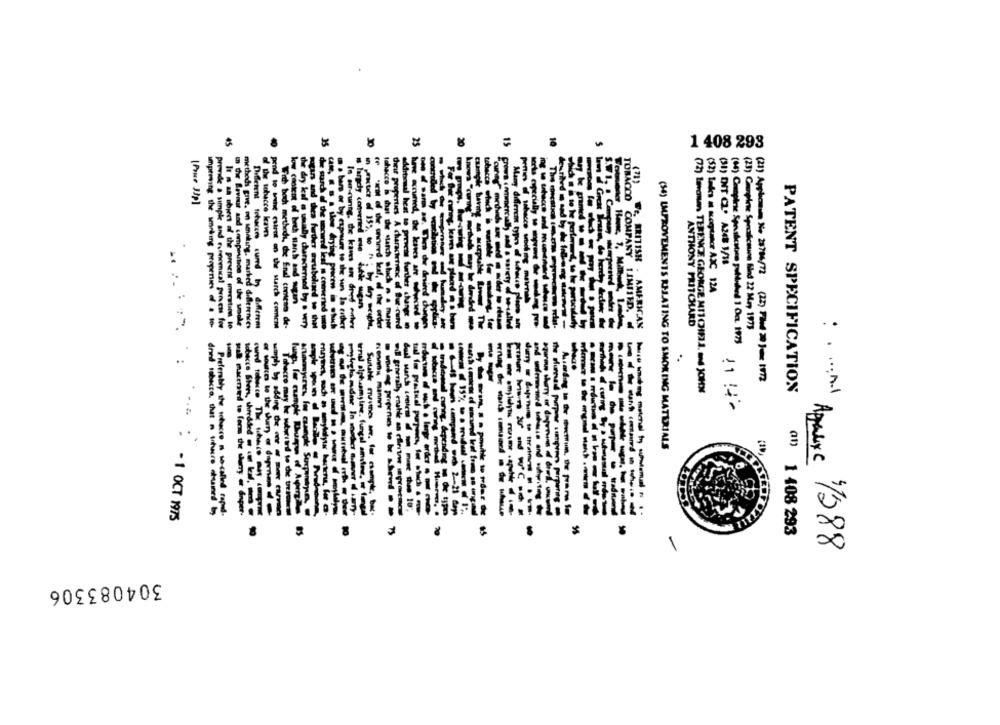
45
35
25
15
1 408 293
(71)
[Pause Jip]
s largdy converted
d the sohacce leaves
TOBACCO COMPANY
(31) DIT CZ. AZB 1/18
motard
BRITISH .
(52) Lades m acceptance AJC 124
low content of bech manh and stan
improving the smoking propenin d . to-
provide a simple and eurnemica! prnews for
In the Bevour and compensation of the smole
methods grve, on seneking, marked differences
Different tehacces cumed by different
prod to the cure on the starch comcm
With boch methedhs, the End contest de-
the dry kal @ uhally characterned by a very
- and tea hether cubolined - thel
m . bam or by exposure to the un la erthet
Is aur-cuntg. de kanes ans dried entes
Sun, de herdey dede
AMERICAN
ANTHONY PRITCHARD
(23) Carpine Specificaune Bilod 22 May 1973
..
(21) Applicmim No 28786/72 (22) THE 2 )- 1972
(72) tevasen TERENCE GEORGE MI1CHIFLA. 24 JOHN
PATENT SPECIFICATION
: . ... A.
- -----
(54) IMPROVEMENTS RELATING TO SMOKING MATERIALS
tobacco Shees, shredded
-------
dried tobacco. that n tobacco chumed by
Preferably the schucre m so-called rapid-
-- ----
: - 1 OCT 1975
8
(0) 1 408 293
-
Apruyc 1/288
304083306